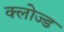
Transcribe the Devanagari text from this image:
क्‍लोज्‍ड